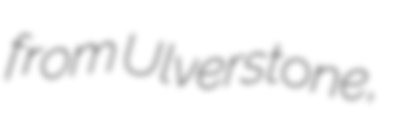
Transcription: from Ulverstone,